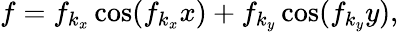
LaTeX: \begin{array}{r}{{}f=f_{k_{x}}\cos(f_{k_{x}}x)+f_{k_{y}}\cos(f_{k_{y}}y),}\end{array}